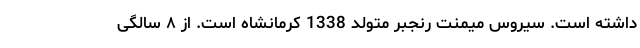
داشته است‌. سیروس میمنت رنجبر متولد 1338 کرمانشاه است. از ۸ سالگی